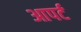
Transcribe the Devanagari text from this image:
आपर्ट